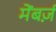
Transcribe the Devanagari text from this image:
मेंबर्ज़